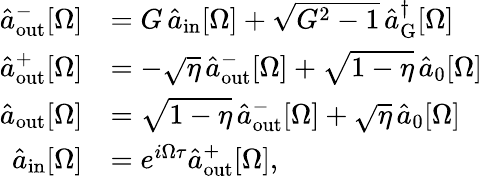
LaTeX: \begin{array}{rl}{\hat{a}_{\mathrm{out}}^{-}[\Omega]}&{=G\, \hat{a}_{\mathrm{in}}[\Omega]+\sqrt{G^{2}-1}\, \hat{a}_{\mathrm{G}}^{\dagger}[\Omega]}\\ {\hat{a}_{\mathrm{out}}^{+}[\Omega]}&{=-\sqrt{\eta}\, \hat{a}_{\mathrm{out}}^{-}[\Omega]+\sqrt{1-\eta}\, \hat{a}_{0}[\Omega]}\\ {\hat{a}_{\mathrm{out}}[\Omega]}&{=\sqrt{1-\eta}\, \hat{a}_{\mathrm{out}}^{-}[\Omega]+\sqrt{\eta}\, \hat{a}_{0}[\Omega]}\\ {\hat{a}_{\mathrm{in}}[\Omega]}&{=e^{i\Omega\tau}\hat{a}_{\mathrm{out}}^{+}[\Omega],}\end{array}